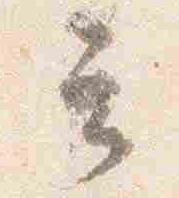
云